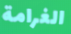
الغرامة